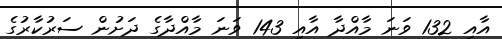
އާއި 132 ވަނަ މާއްދާ އާއި 143 ވަނަ މާއްދާގެ ދަށުން ސަރުކާރުގެ